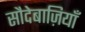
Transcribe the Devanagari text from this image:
सौदेबाज़ियाँ